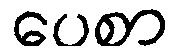
ပေစာ